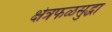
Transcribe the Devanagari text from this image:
क्षेत्रफळसुद्धा